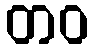
တဝ